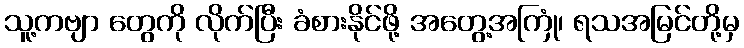
သူ့ကဗျာ တွေကို လိုက်ပြီး ခံစားနိုင်ဖို့ အတွေ့အကြုံ၊ ရသအမြင်တို့မှ